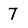
Character: 7